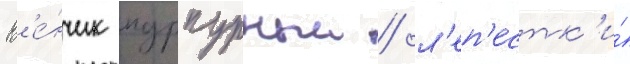
В'е́нчик пурпурныи / л'еп'естк'и́